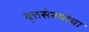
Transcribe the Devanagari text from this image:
वृत्तसंस्थांचा